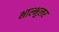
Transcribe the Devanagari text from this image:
भाल्भुलर